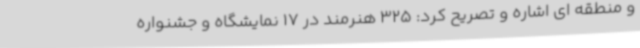
و منطقه ای اشاره و تصریح کرد: 325 هنرمند در 17 نمایشگاه و جشنواره